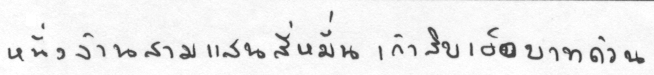
หนึ่งล้านสามแสนสี่หมื่นเก้าสิบเอ็ดบาทถ้วน